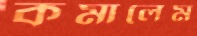
কমালেম